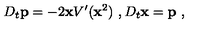
D _ { t } { \bf p } = - 2 { \bf x } V ^ { \prime } ( { \bf x } ^ { 2 } ) \ , D _ { t } { \bf x } = { \bf p } \ ,